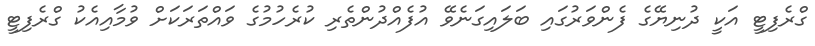
ގްރެފިޓީ އަކީ ދުނިޔޭގެ ފެންވަރުގައި ބަލައިގަނެވޭ އުފެއްދުންތެރި ކުރެހުމުގެ ވައްތަރަކަށް ވުމާއިއެކު ގްރެފިޓީ